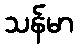
သန်မာ